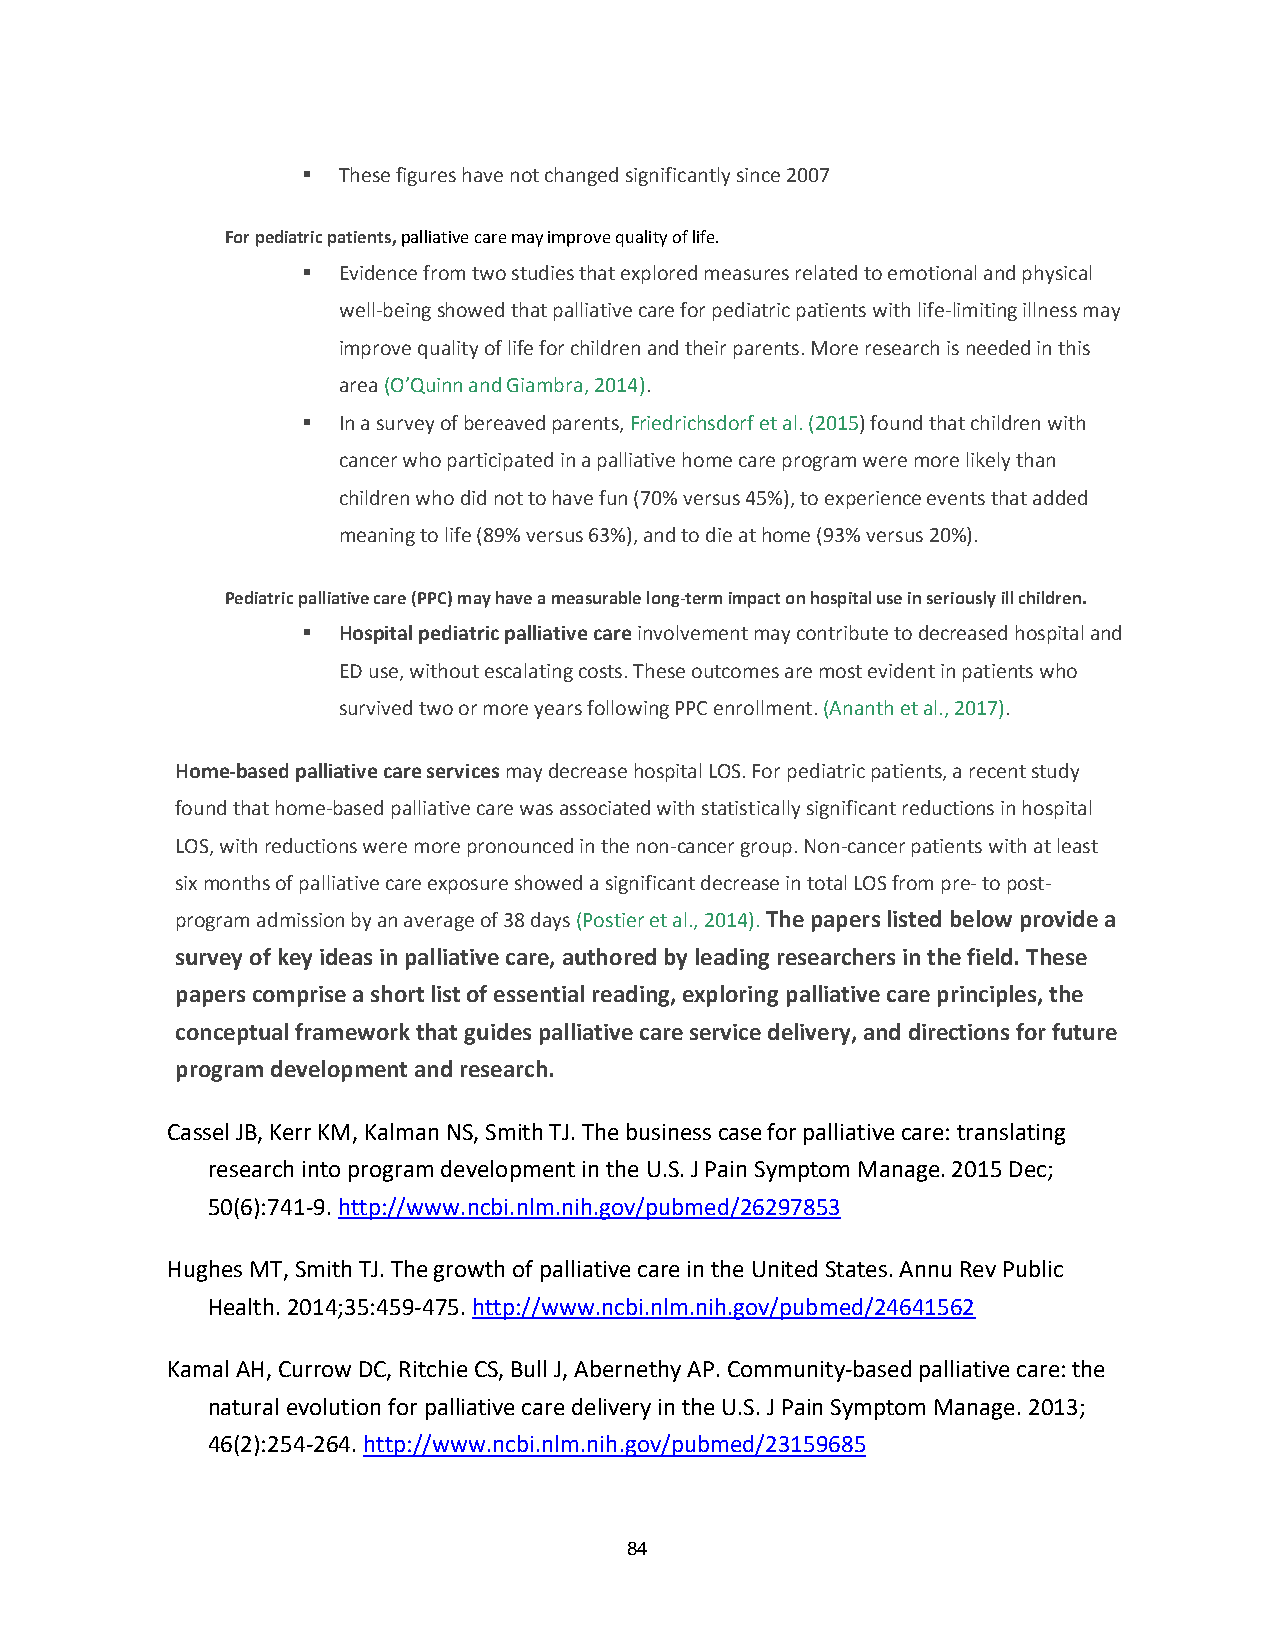
 These figures have not changed significantly since 2007
 For pediatric patients, palliative care may improve quality of life.
  Evidence from two studies that explored measures related to emotional and physical
 well-being showed that palliative care for pediatric patients with life-limiting illness may
 improve quality of life for children and their parents. More research is needed in this
 area (O’Quinn and Giambra, 2014).
  In a survey of bereaved parents, Friedrichsdorf et al. (2015) found that children with
 cancer who participated in a palliative home care program were more likely than
 children who did not to have fun (70% versus 45%), to experience events that added
 meaning to life (89% versus 63%), and to die at home (93% versus 20%).
 Pediatric palliative care (PPC) may have a measurable long-term impact on hospital use in seriously ill children.
  Hospital pediatric palliative care involvement may contribute to decreased hospital and
 ED use, without escalating costs. These outcomes are most evident in patients who
 survived two or more years following PPC enrollment. (Ananth et al., 2017).
 Home-based palliative care services may decrease hospital LOS. For pediatric patients, a recent study
 found that home-based palliative care was associated with statistically significant reductions in hospital
 LOS, with reductions were more pronounced in the non-cancer group. Non-cancer patients with at least
 six months of palliative care exposure showed a significant decrease in total LOS from pre- to post-
 program admission by an average of 38 days (Postier et al., 2014). The papers listed below provide a
 survey of key ideas in palliative care, authored by leading researchers in the field. These
 papers comprise a short list of essential reading, exploring palliative care principles, the
 conceptual framework that guides palliative care service delivery, and directions for future
 program development and research.
 Cassel JB, Kerr KM, Kalman NS, Smith TJ. The business case for palliative care: translating
 research into program development in the U.S. J Pain Symptom Manage. 2015 Dec;
 50(6):741-9. http://www.ncbi.nlm.nih.gov/pubmed/26297853
 Hughes MT, Smith TJ. The growth of palliative care in the United States. Annu Rev Public
 Health. 2014;35:459-475. http://www.ncbi.nlm.nih.gov/pubmed/24641562
 Kamal AH, Currow DC, Ritchie CS, Bull J, Abernethy AP. Community-based palliative care: the
 natural evolution for palliative care delivery in the U.S. J Pain Symptom Manage. 2013;
 46(2):254-264. http://www.ncbi.nlm.nih.gov/pubmed/23159685
 84